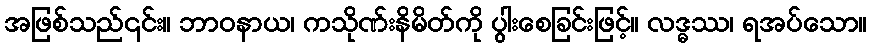
အဖြစ်သည်၎င်း။ ဘာဝနာယ၊ ကသိုဏ်းနိမိတ်ကို ပွါးစေခြင်းဖြင့်။ လဒ္ဓဿ၊ ရအပ်သော။